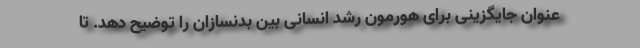
عنوان جایگزینی برای هورمون رشد انسانی بین بدنسازان را توضیح دهد. تا